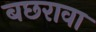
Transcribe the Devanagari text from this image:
बछरावा